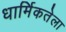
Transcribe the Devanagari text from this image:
धार्मिकतेला